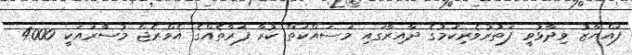
ފައްޔާޒު ވިދާޅުވީ ފަތުރުވެރިކަމުގެ ދާއިރާގައި މަސައްކަތް ކުރާ ފަރާތެއްގެ އެވްރެޖް މުސާރައަކީ 4000